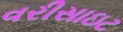
વરીસાઇટ